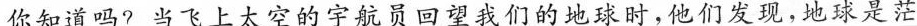
你知道吗?当飞上太空的宇航员回望我们的地球时，他们发现，地球是茫